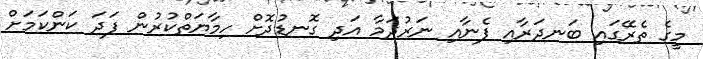
މީގެ ތެރޭގައި ބަނދަރާއި ފެނާއި ނަރުދަމާ އަދި ގޮނޑުދޮށް ހިމާޔަތްކުރުން ފަދަ ކަންކަމަށް